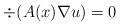
LaTeX: \begin{align*} \div (A(x) \nabla u) = 0\end{align*}